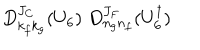
D _ { k _ { f } k _ { g } } ^ { J _ { C } } ( U _ { 6 } ) \; D _ { n _ { g } n _ { f } } ^ { J _ { F } } ( U _ { 6 } ^ { \dagger } )